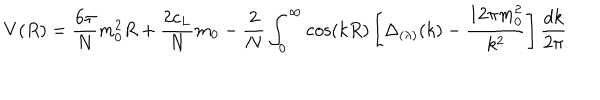
V ( R ) = \frac { 6 \pi } N m _ { 0 } ^ { 2 } R + \frac { 2 c _ { L } } N m _ { 0 } - \frac 2 N \int _ { 0 } ^ { \infty } \cos ( k R ) \left[ \Delta _ { ( \lambda ) } ( k ) - \frac { 1 2 \pi m _ { 0 } ^ { 2 } } { k ^ { 2 } } \right] \frac { d k } { 2 \pi }